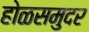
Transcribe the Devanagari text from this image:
होळसमुदर